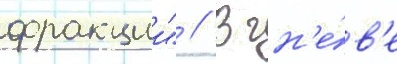
фракции" // В гн'е́в'е